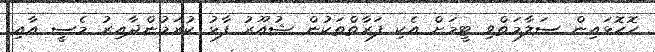
ހޮހޮޅައިން ސަލާމަތްވި ޓީމަށް އެކި ފަރާތްތަކުން ޝުއޫރު ފާޅު ކުރަމުންދާއިރު މެސީ އާއި